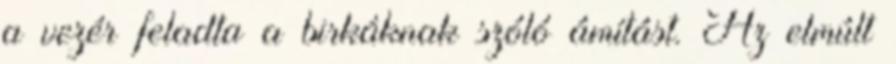
a vezér feladta a birkáknak szóló ámítást. Az elmúlt